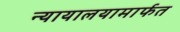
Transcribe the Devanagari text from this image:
न्यायालयामार्फत